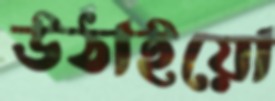
উঠাইয়ো